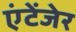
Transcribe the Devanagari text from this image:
एंटेंजेर